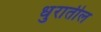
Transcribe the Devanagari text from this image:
धुरातील